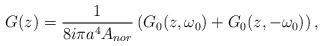
LaTeX: \begin{align*}G(z) = \frac{1}{ 8 i \pi a^4 A_{nor} }\left( G_0(z,\omega_0) + G_0(z, - \omega _0) \right),\end{align*}